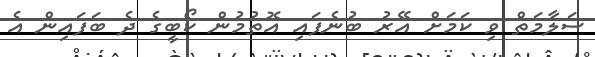
ސަލާމަތް ވި ކަމަށް އޭރު ބުނެފައި އޮތުމުން ކޯބީގެ ދެ ބަފައިން އެ